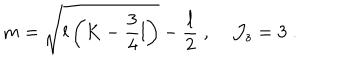
LaTeX: m = \sqrt { l \left( K - \frac { 3 } { 4 } l \right) } - \frac { l } { 2 } \; , \; { \cal J } _ { z } = 3 \; .